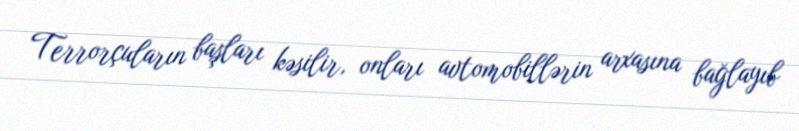
Terrorçuların başları kəsilir, onları avtomobillərin arxasına bağlayıb